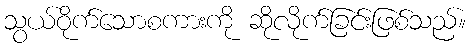
သွယ်ဝိုက်သောစကားကို ဆိုလိုက်ခြင်းဖြစ်သည်။